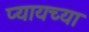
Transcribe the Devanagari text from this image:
प्यायच्या